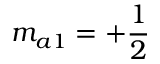
m _ { a 1 } = + \frac { 1 } { 2 }